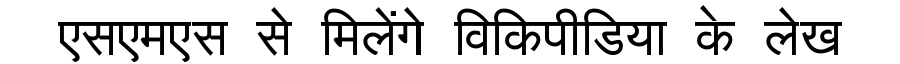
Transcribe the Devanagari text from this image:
एसएमएस से मिलेंगे विकिपीडिया के लेख